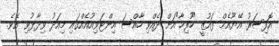
އޮފިސަރު އޭޔޫއެމް ފައުޒީ "ހުރިހާ"އަށް ދެއްވި ހާއްސަ އިންޓަވިއުއެއްގައި މިއަދު ވިދާޅުވި އެވެ.